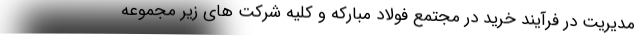
مدیریت در فرآیند خرید در مجتمع فولاد مبارکه و کلیه شرکت های زیر مجموعه